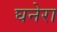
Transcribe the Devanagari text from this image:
घनेरा